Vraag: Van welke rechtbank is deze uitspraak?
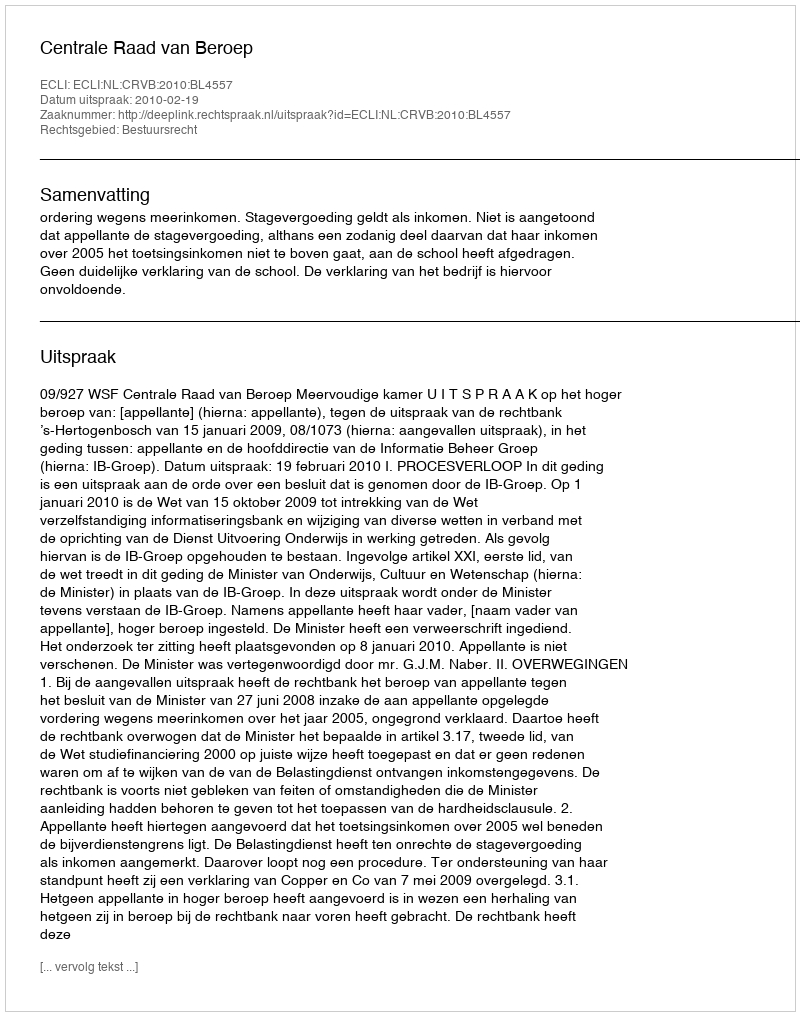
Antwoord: Centrale Raad van Beroep